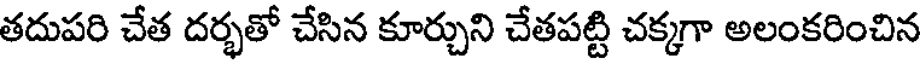
తదుపరి చేత దర్భతో చేసిన కూర్చుని చేతపట్టి చక్కగా అలంకరించిన